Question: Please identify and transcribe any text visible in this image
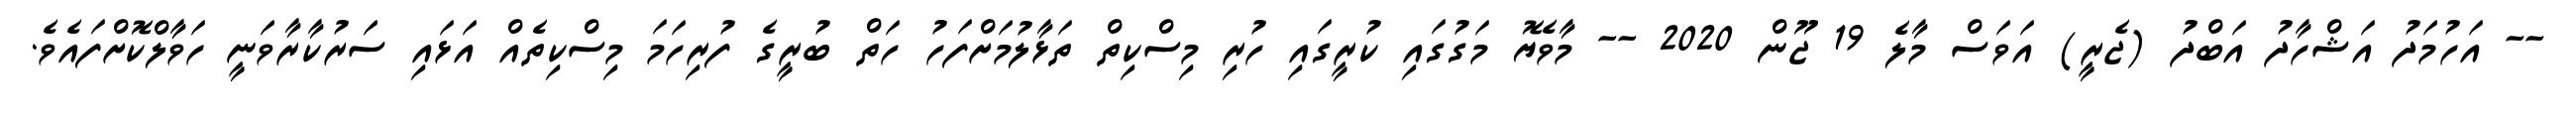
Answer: -- އަހުމަދު އަޝްހާދު އަބްދު (ޖެރީ) އަވަސް މާލެ 19 ޖޫން 2020 -- މާވެޔޮ މަގުގައި ކުރީގައި ހުރި މިސްކިތް ތަޅާލުމަށްފަހު ހަތް ބުރީގެ ފުރިހަމަ މިސްކިތެއް އަޅައި ސަރުކާރާވަނީ ހަވާލްކޮށްފައެވެ.